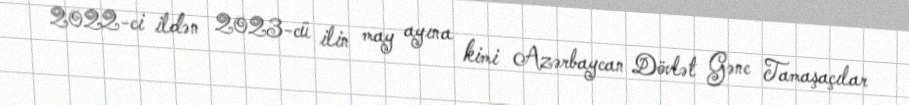
2022-ci ildən 2023-cü ilin may ayına kimi Azərbaycan Dövlət Gənc Tamaşaçılar